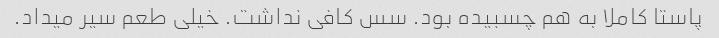
پاستا کاملا به هم چسبیده بود. سس کافی نداشت. خیلی طعم سیر میداد.